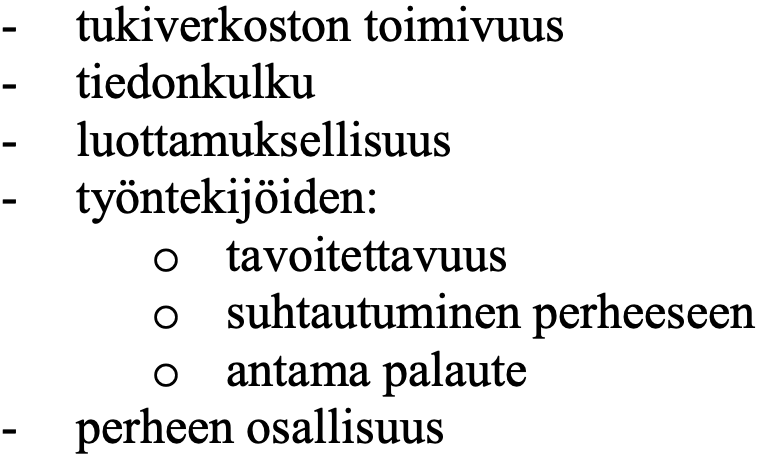
- tukiverkoston toimivuus - tiedonkulku - luottamuksellisuus - työntekijöiden: o tavoitettavuus o suhtautuminen perheeseen o antama palaute - perheen osallisuus